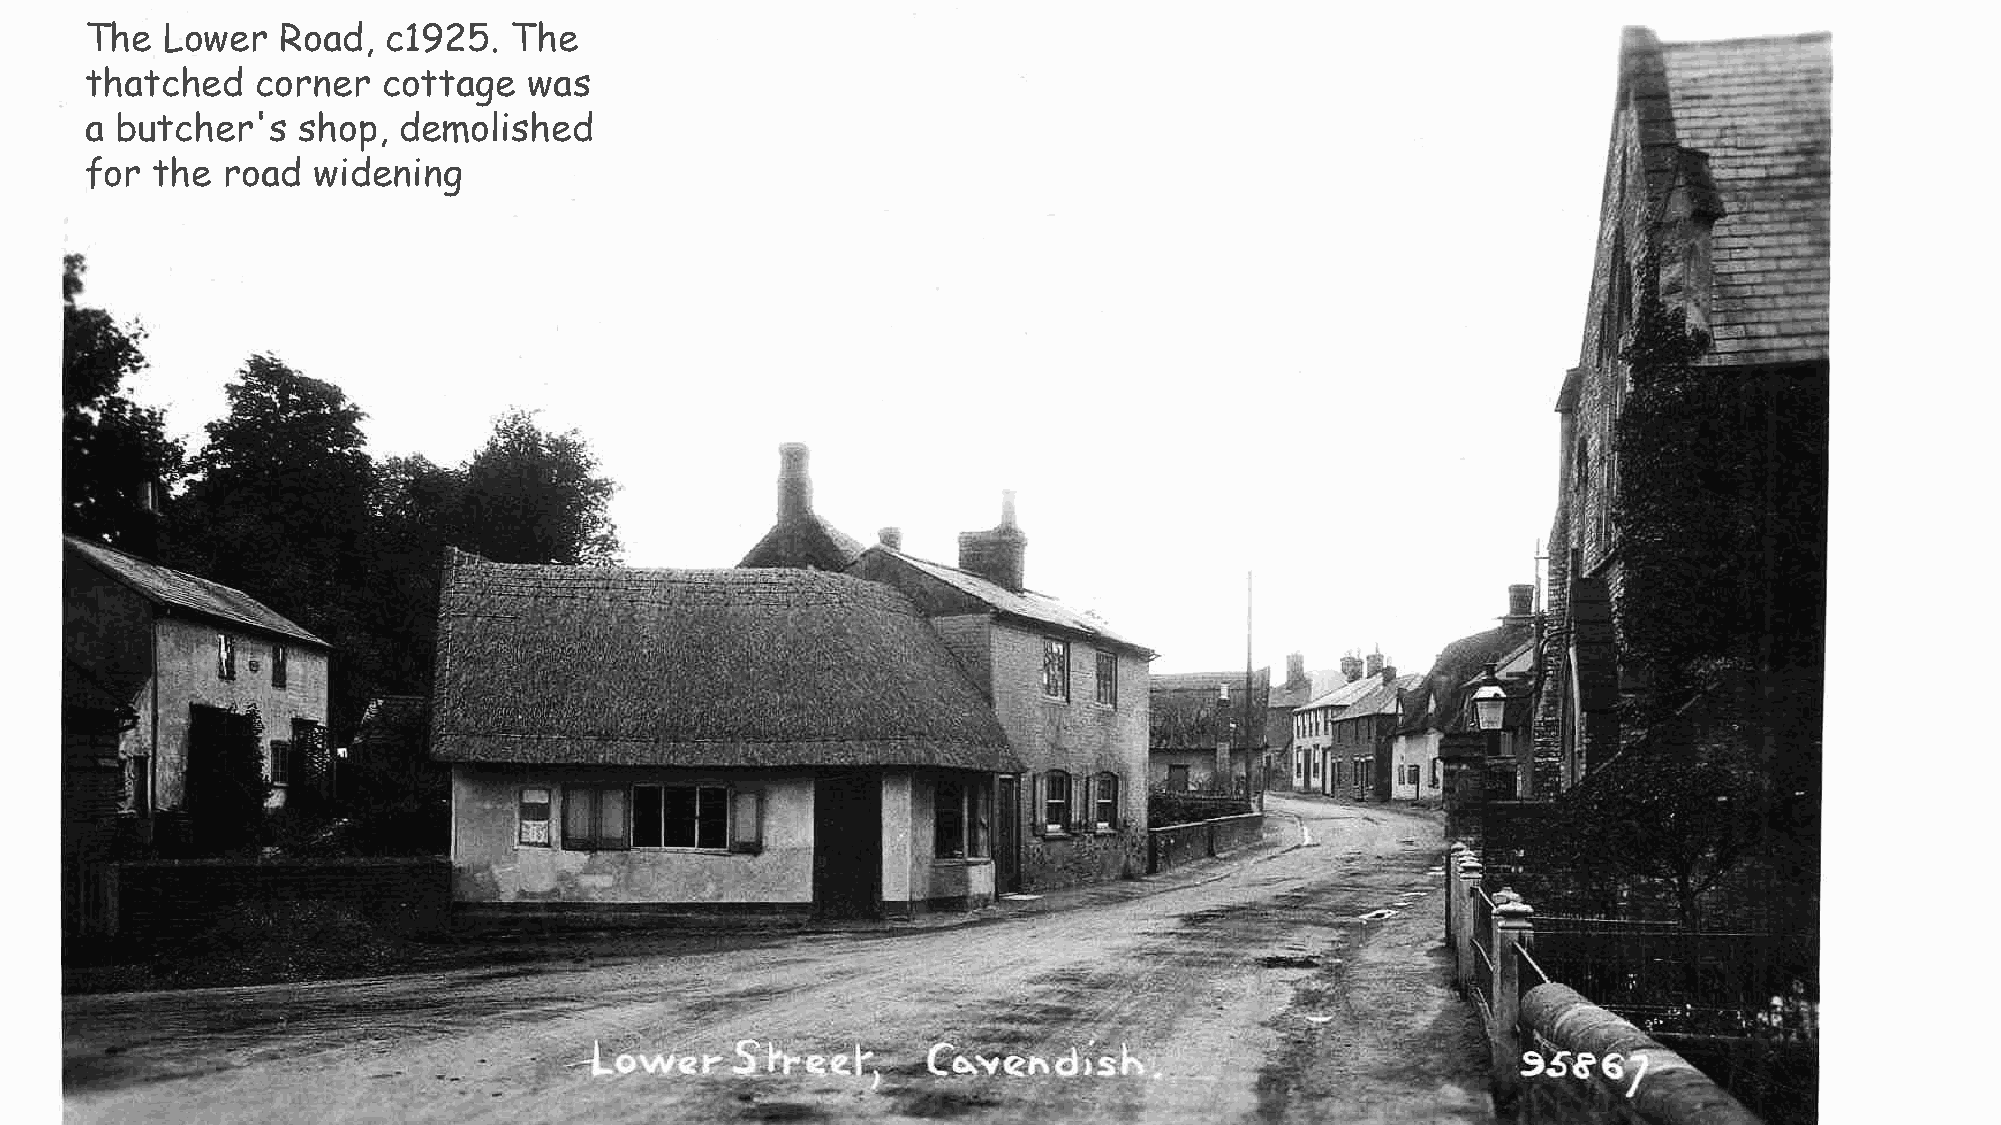
The  Lower  Road,   c1925.  The
 thatched   corner  cottage   was
 a butcher's   shop, demolished
 for the  road  widening